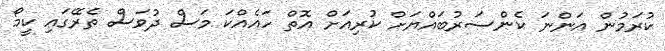
ކުރަމުން އަންނަ ކެންސަރުބައްޔަށް ކުރިއަށް އޮތް ހައެއްކަ މަސް ދުވަސް ތެރޭގައި ކީމޯ